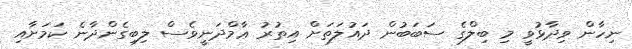
ނިހާން ވިދާޅުވީ މި ބިލްގެ ސަބަބުން ދައުލަތަށް އިތުރު ޢާމްދަނީވެސް ލިބިގެންދާނެ ކަމަށާއި